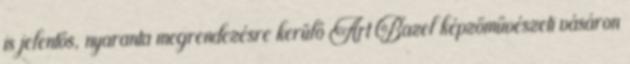
is jelentős, nyaranta megrendezésre kerülő Art Bazel képzőművészeti vásáron